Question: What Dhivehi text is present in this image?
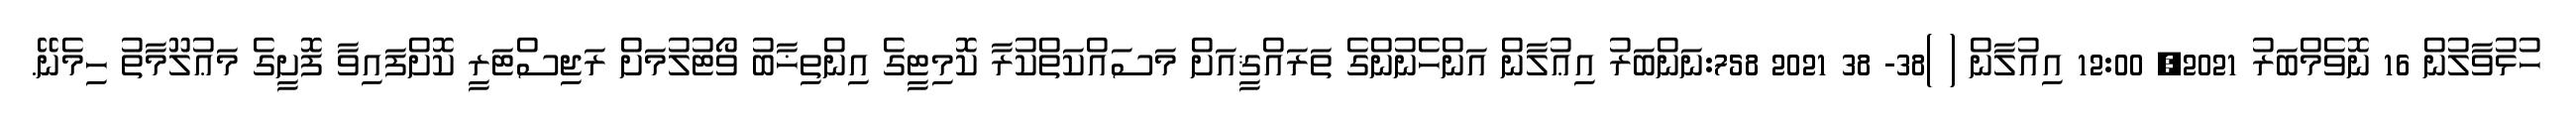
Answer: ހުޅުވާލުން 16 ނޮވެމްބަރު 2021, 12:00 އިއުލާން ( )38- 38 2021 758:ނަންބަރު އިޢުލާން އަންހެނުންގެ ތަރައްޤީއަށް މަސައްކަތްކުރާ ކޮމިޓީގެ އިންތިޚާބު ވޯޓުލުމަށް ރަޖިސްޓަރީ ކޮށްފައިވާ ފޮށީގެ މަޢުލޫމާތު ހިމެނޭ.